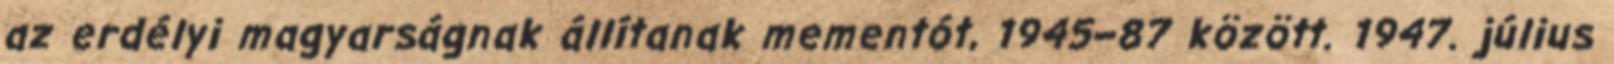
az erdélyi magyarságnak állítanak mementót, 1945–87 között. 1947. július